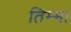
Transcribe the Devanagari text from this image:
तिम्मा